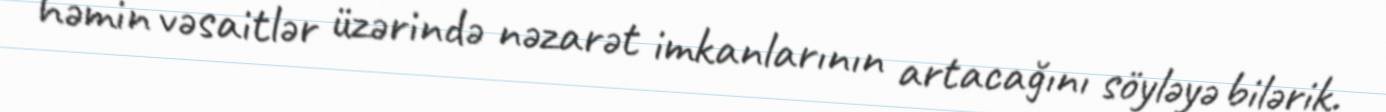
həmin vəsaitlər üzərində nəzarət imkanlarının artacağını söyləyə bilərik.